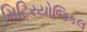
મિટિરયોજિકલ